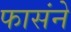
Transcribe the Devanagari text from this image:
फासंने